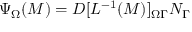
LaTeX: \Psi _ { \Omega } ( M ) = D [ L ^ { - 1 } ( M ) ] _ { \Omega \Gamma } N _ { \Gamma }